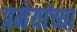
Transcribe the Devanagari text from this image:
प्रमेयांच्या